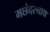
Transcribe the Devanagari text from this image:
मछंदरनाथ